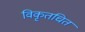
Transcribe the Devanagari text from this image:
विकृतचित